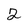
Character: 2